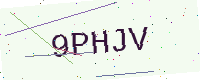
Text: 9PHJV